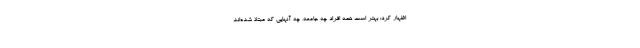
اظهار کرد: بهتر است همه افراد چه جامعه، چه آنهایی که مبتلا شده‌اند